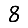
Digit: 8